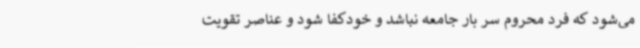
می‌شود که فرد محروم سر بار جامعه نباشد و خودکفا شود و عناصر تقویت